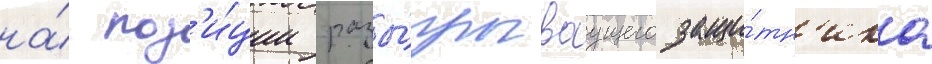
на́ поз'и́ции разы́грываущего защи́тн'ика